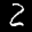
Label: 2